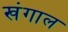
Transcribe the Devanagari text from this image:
खंगाल